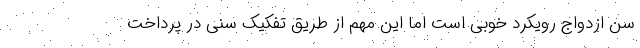
سن ازدواج رویکرد خوبی است اما این مهم از طریق تفکیک سنی در پرداخت